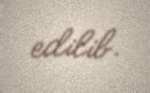
edilib.